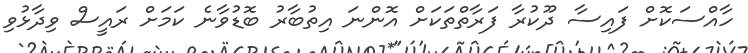
ހާއްސަކޮށް ފައިސާ ދޫކުރާ ފަރާތްތަކަށް އޮންނަ އިތުބާރު ބޮޑުވާނެ ކަމަށް ރައީސް ވިދާޅުވި